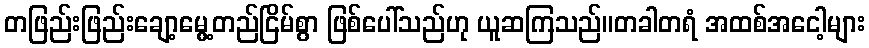
တဖြည်းဖြည်းချော့မွေ့တည်ငြိမ်စွာ ဖြစ်ပေါ်သည်ဟု ယူဆကြသည်။တခါတရံ အထစ်အငေါ့များ